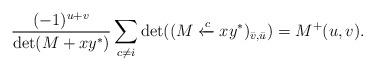
LaTeX: \begin{align*} \frac{(-1)^{u+v}}{\det(M+xy^*)}\sum_{c\neq i}\det ((M\xleftarrow{c} xy^*)_{\bar{v},\bar{u}})=M^+(u,v).\end{align*}